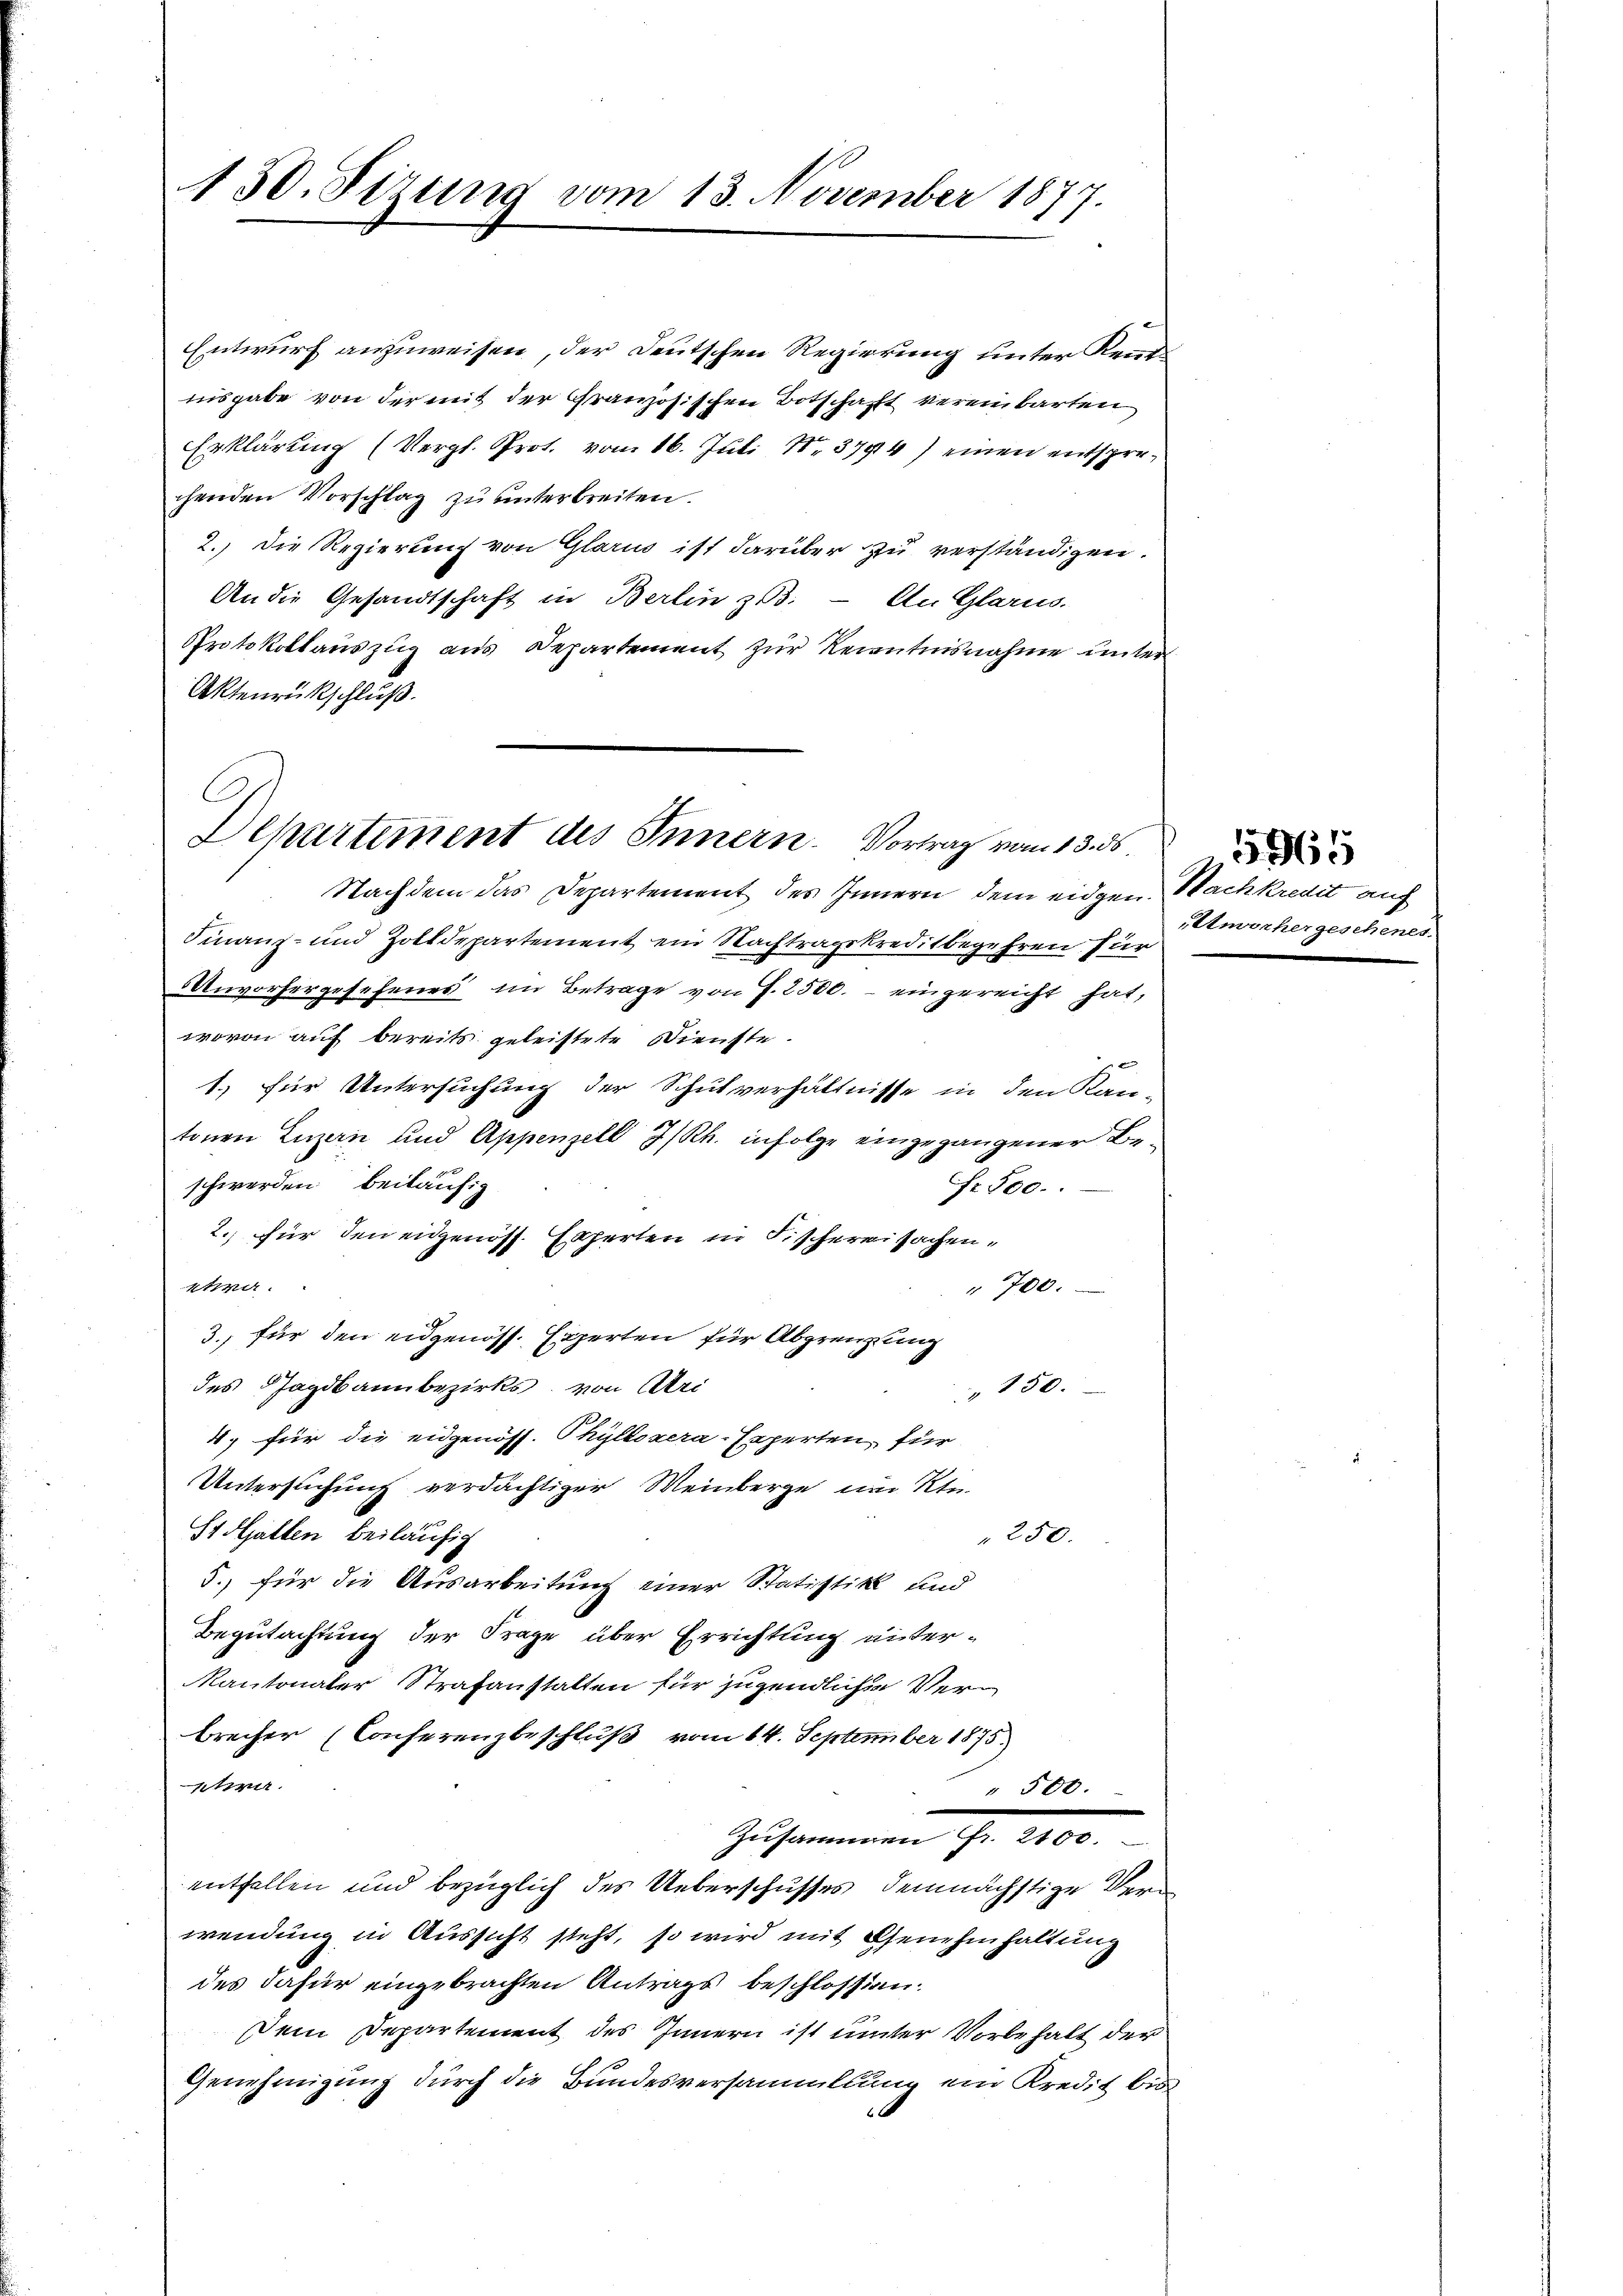
430. Sirung vom 13. November 1877.

Entwurf anzuweisen, der Deutschen Regierung unter Kenntisgabe von der mit der Granzösischen Botschaft vereinbarten
Erklärung (Vergl. Prot. vom 16. Juli 18. 3744) einen entsprechenden Vorschlag zu unterbreiten.
2.) Die Regierung von Glarus ist darüber zu verständigen.
An die Gesandtschaft in Berlin zu. – An Glarus.
Protokollauszug aus Departement zur Recentnisnahme unter
Aktenrückschluß.
Nachdem das Departement des Innern dem eidgen.
Finanz- und Zolldepartement ein Nachtragskreditbegehren für
Unvorhergesehenes im Betrage von J. 2500.- eingereicht hat,
wovon auf bereits geleistete Dienste.
x
1.) für Untersuchung der Schulverhältnisse in den Kan-
tonen Luzern und Appenzell I/Rh. infolge eingegangener Beschwerden beiläufig
fr. 500.
2. für den eidgenöss. Experten in Fischereisachen,
etwa
700.
3., für den eidgenöss. Experten für Abgrenzung
des Jagdbann bezirks, von Uri
150.
4, für die eidgenöss. Thyllozera-Experten, für
Untersuchung verdächtiger Weinberge im Ktn.
St Halten beiläufig
250.
5., für die Ausarbeitung einer Statistik und
Begutachtung der Frage über Errichtung unter¬
Kantonaler Strafanstalten für jugendliche Verbrecher (Conferenzbeschluß vom 14. September 1875.
etwa
" 500.
Zusammen ihr
entfallen und bezüglich des Ueberschusses, demnächstige Verwendung in Aussicht steht, so wird mit Genehmhaltung
des dafür eingebrachten Antrags beschlossen.
Dein Departement des Innern ist unter Vorbehalt der
Genehmigung durch die Bundesversammlung ein Kredit bis

C
Dchartement des Innern. Vortrag vom 13. ds

Nachkredit auf
Unvorhergeschenes.

1965